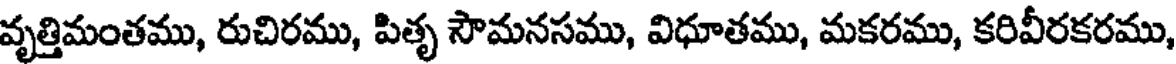
వృత్తిమంతము, రుచిరము, పితృ సౌమనసము, విధూతము, మకరము, కరివీరకరము,